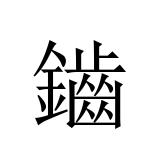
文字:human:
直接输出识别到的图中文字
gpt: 鑡